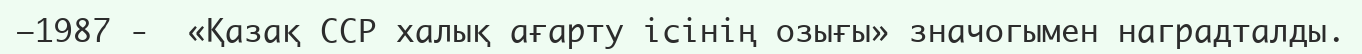
–1987 -  «Қазақ ССР халық ағарту ісінің озығы» значогымен наградталды.